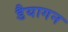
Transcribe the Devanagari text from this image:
डैयागन